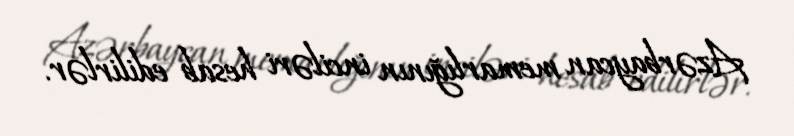
Azərbaycan memarlığının inciləri hesab edilirlər.